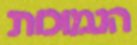
הנמוכות